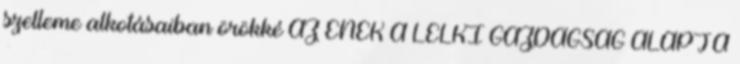
szelleme alkotásaiban örökké AZ ÉNEK A LELKI GAZDAGSÁG ALAPJA